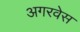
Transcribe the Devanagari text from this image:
अगरवेस